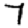
Digit: 7